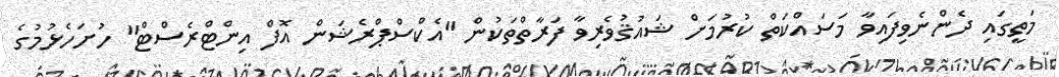
މަތީގައި ދެންނެވިފައިވާ މަސައްކަތް ކުރުމަށް ޝައުޤުވެރިވާ ފަރާތްތަކުން "އެކްސްޕްރެޝަން އޮފް އިންޓްރެސްޓް" ހުށަހެޅުމުގެ